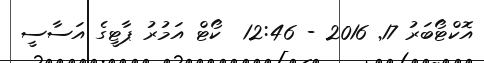
އޮކްޓޯބަރު 17